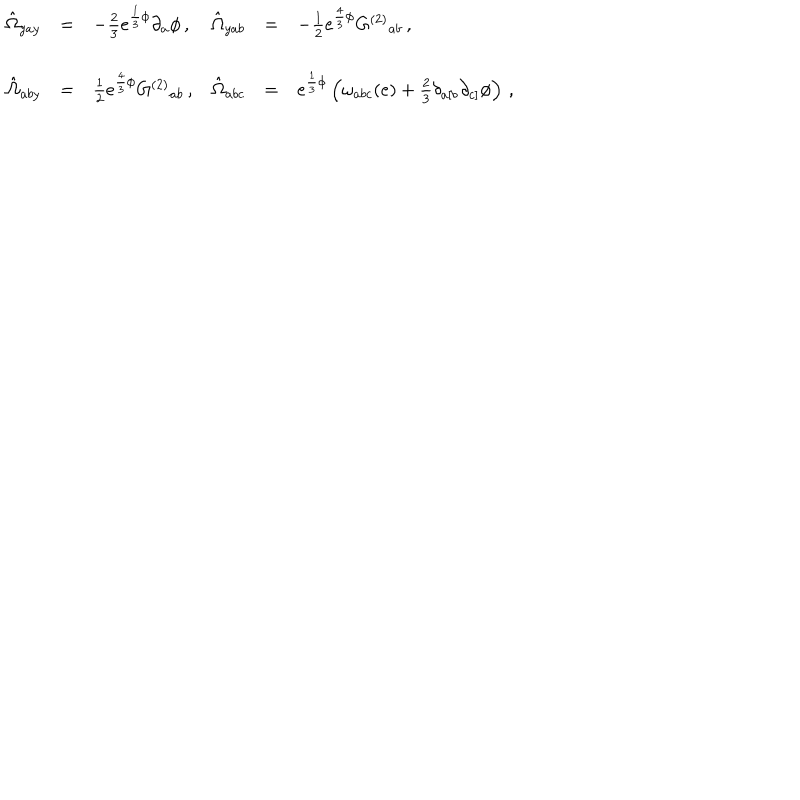
LaTeX: \begin{array} { r c l r c l } { { \hat { \Omega } _ { y a y } } } & { { = } } & { { - \frac { 2 } { 3 } e ^ { \frac { 1 } { 3 } \phi } \partial _ { a } \phi \, , \hspace { 1 c m } } } & { { \hat { \Omega } _ { y a b } } } & { { = } } & { { - \frac { 1 } { 2 } e ^ { \frac { 4 } { 3 } \phi } G ^ { ( 2 ) } { } _ { a b } \, , } } \\ { { } } & { { } } & { { } } & { { } } & { { } } & { { } } \\ { { \hat { \Omega } _ { a b y } } } & { { = } } & { { \frac { 1 } { 2 } e ^ { \frac { 4 } { 3 } \phi } G ^ { ( 2 ) } { } _ { a b } \, , } } & { { \hat { \Omega } _ { a b c } } } & { { = } } & { { e ^ { \frac { 1 } { 3 } \phi } \left( \omega _ { a b c } ( e ) + \frac { 2 } { 3 } \delta _ { a [ b } \partial _ { c ] } \phi \right) \, , } } \\ \end{array}